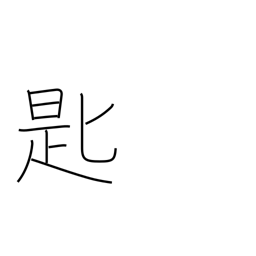
Meaning: spoon